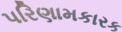
પરિણામકારક